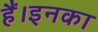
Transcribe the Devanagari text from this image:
हैं।इनका